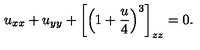
u _ { x x } + u _ { y y } + \left[ \left( 1 + { \frac { u } { 4 } } \right) ^ { 3 } \right] _ { z z } = 0 .